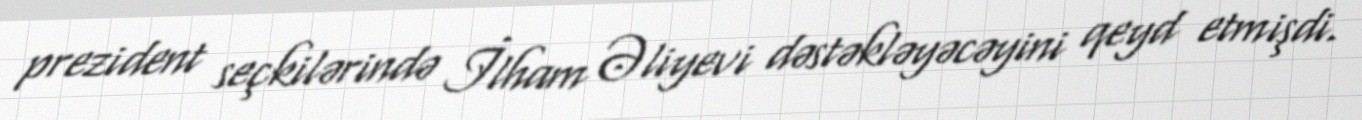
prezident seçkilərində İlham Əliyevi dəstəkləyəcəyini qeyd etmişdi.